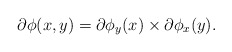
\begin{align*}\partial \phi(x,y) = \partial \phi_y(x) \times \partial \phi_x(y).\end{align*}